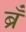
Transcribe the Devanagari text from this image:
ब्रँ